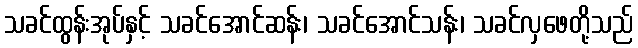
သခင်ထွန်းအုပ်နှင့် သခင်အောင်ဆန်း၊ သခင်အောင်သန်း၊ သခင်လှဖေတို့သည်